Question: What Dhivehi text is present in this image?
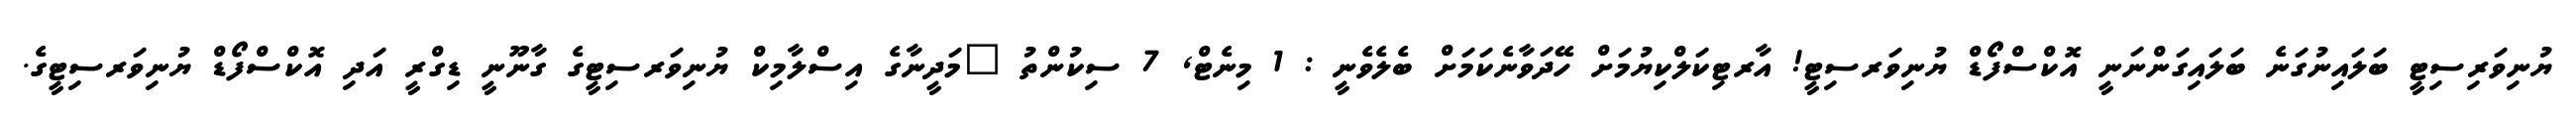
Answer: ޔުނިވަރިސިޓީ ބަލައިނުގަނެ ބަލައިގަންނަނީ އޮކްސްފޯޑް ޔުނިވަރސިޓީ! އާރޓިކަލްކިޔުމަށް ހޭދަވާނެކަމަށް ބެލެވެނީ : 1 މިނެޓް, 7 ސިކުންތު "މަދީނާގެ އިސްލާމިކް ޔުނިވަރސިޓީގެ ގާނޫނީ ޑިގްރީ އަދި އޮކްސްފޯޑް ޔުނިވަރސިޓީގެ.